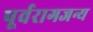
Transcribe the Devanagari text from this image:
पूर्वरागजन्य